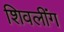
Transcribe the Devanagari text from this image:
शिवलींग